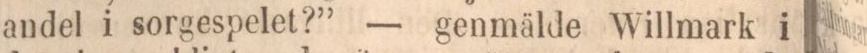
andel i sorgespelet?” — genmälde Willmark i